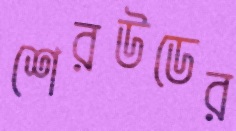
শেরউডের